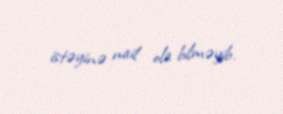
istəyinə nail ola bilməyib.